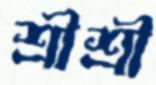
শ্রীশ্রী